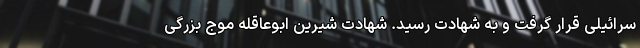
سرائیلی قرار گرفت و به شهادت رسید. شهادت شیرین ابوعاقله موج بزرگی